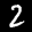
Label: 2